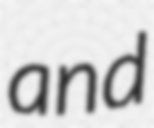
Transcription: and